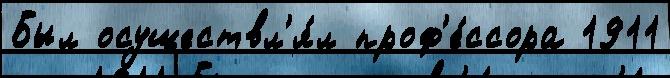
Был осуществл'я́л проф'е́ссора 1911